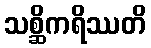
သစ္ဆိကရိဿတိ